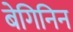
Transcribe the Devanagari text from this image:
बेगिनिन